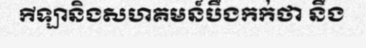
កីឡានិងសហគមន៍បឹងកក់ថា នឹង